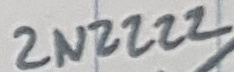
Text: 2N2222